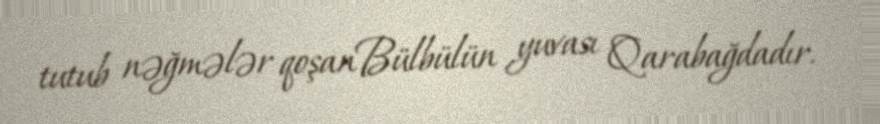
tutub nəğmələr qoşanBülbülün yuvası Qarabağdadır.